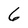
Character: 6